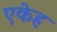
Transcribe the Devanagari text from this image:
एकेह